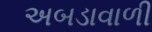
અબડાવાળી